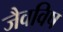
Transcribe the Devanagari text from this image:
जैवविष